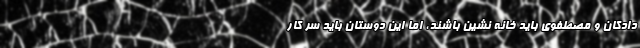
دادکان و مصطفوی باید خانه نشین باشند، اما این دوستان باید سر کار